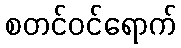
စတင်ဝင်ရောက်